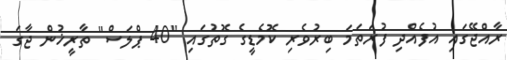
ރާއްޖޭގައި އުފެއްދި ފުރަަތަމަ ބިރުވެރި ކޮމެޑީގެ ގޮތުގައި "40 ޕްލަސް" ތާރީޚުން ޖާގަ